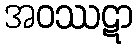
အဝဿဋာ